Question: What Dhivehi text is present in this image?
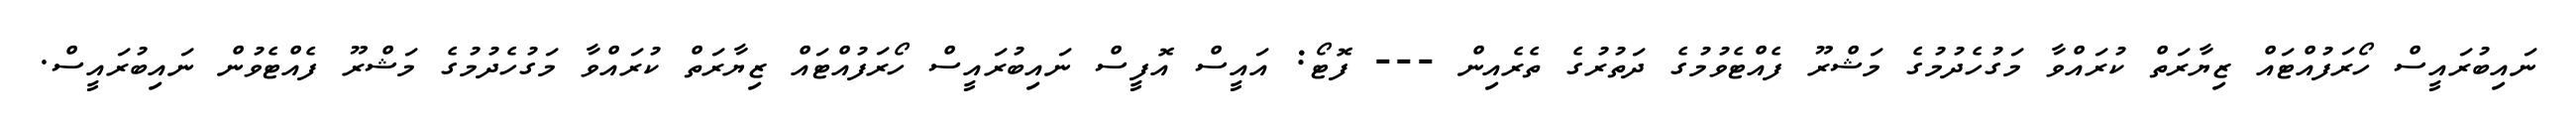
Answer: ނައިބުރައީސް ހޯރަފުއްޓައް ޒިޔާރަތް ކުރައްވާ މަގުހެދުމުގެ މަޝްރޫ ފެއްޓެވުމުގެ ދަތުރުގެ ތެރެއިން --- ފޮޓޯ: އައީސް އޮފީސް ނައިބުރައީސް ހޯރަފުއްޓައް ޒިޔާރަތް ކުރައްވާ މަގުހެދުމުގެ މަޝްރޫ ފެއްޓެވުން ނައިބުރައީސް.